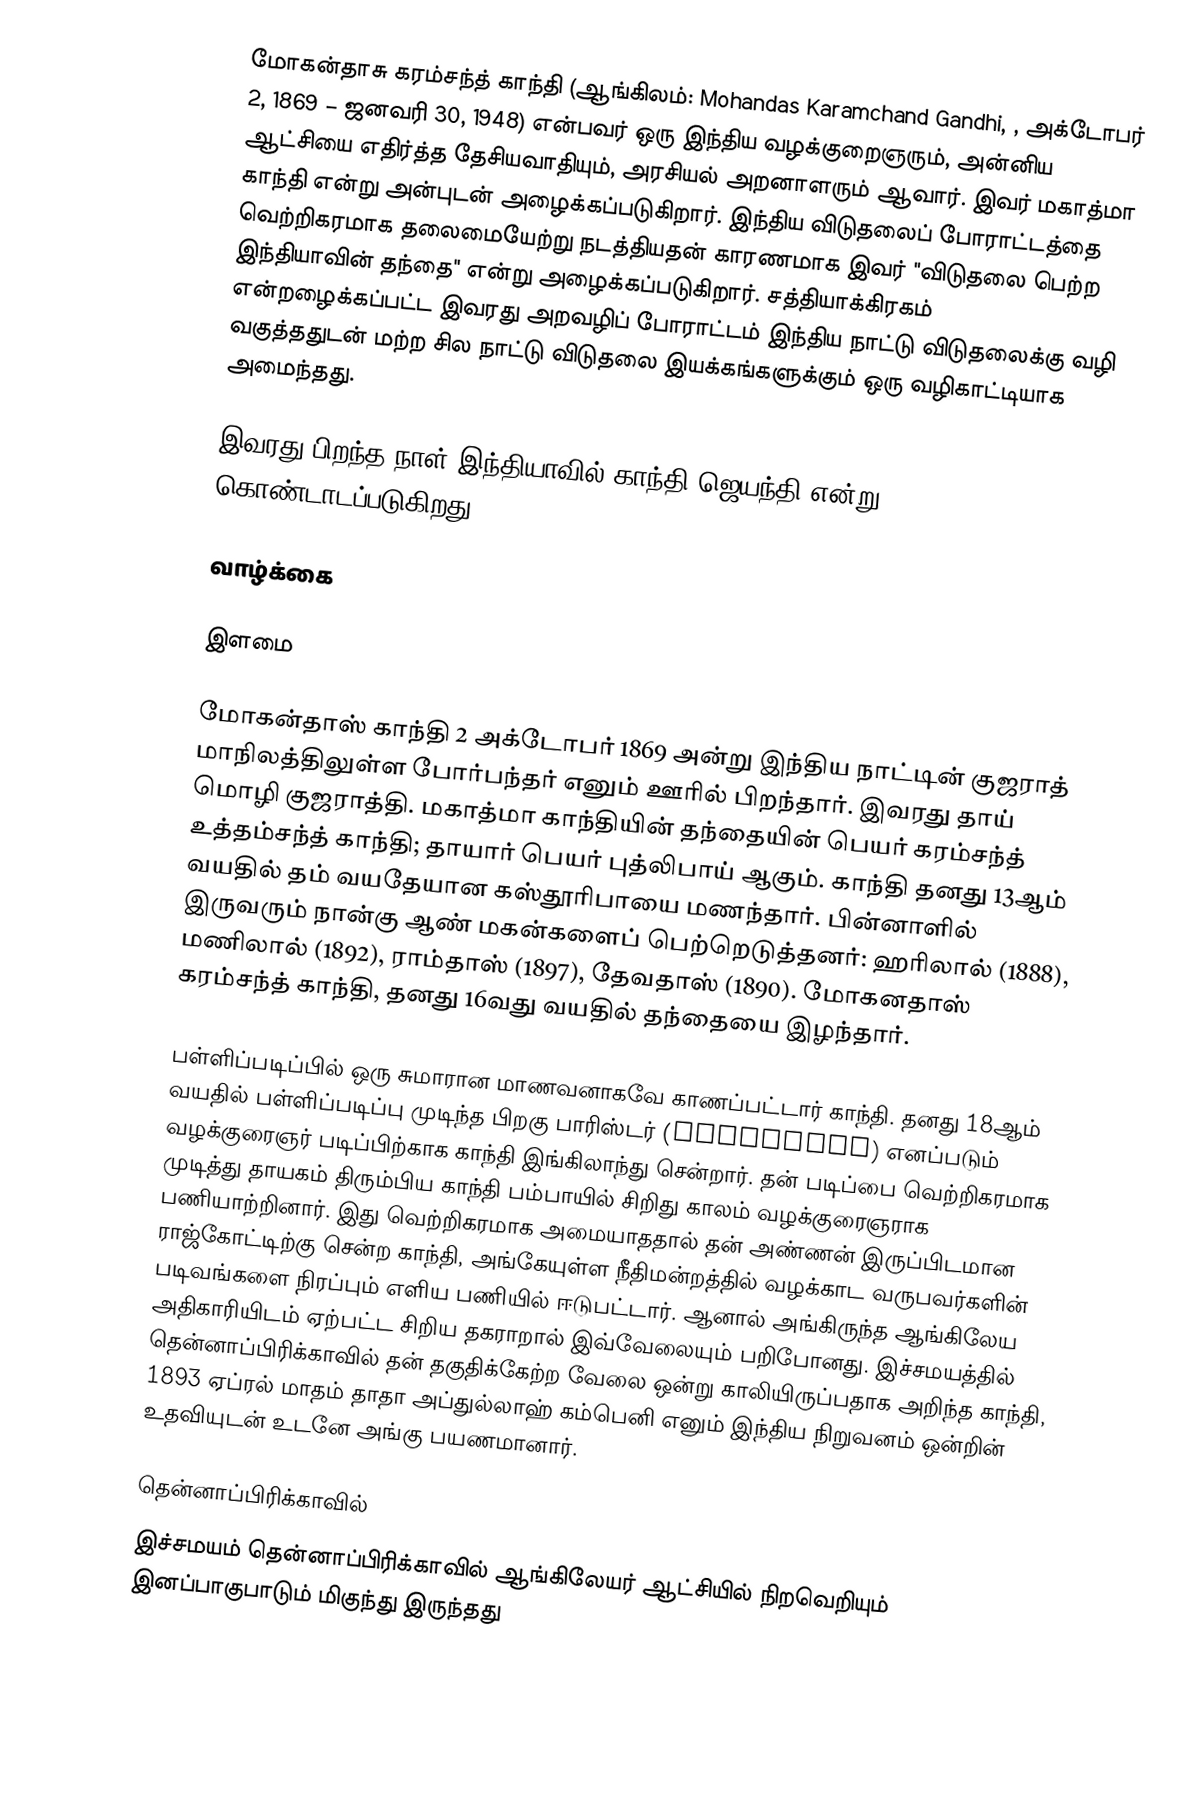
மோகன்தாசு கரம்சந்த் காந்தி (ஆங்கிலம்: Mohandas Karamchand Gandhi, , அக்டோபர் 2, 1869 – ஜனவரி 30, 1948) என்பவர் ஒரு இந்திய வழக்குறைஞரும், அன்னிய ஆட்சியை எதிர்த்த தேசியவாதியும், அரசியல் அறனாளரும் ஆவார். இவர் மகாத்மா காந்தி என்று அன்புடன் அழைக்கப்படுகிறார். இந்திய விடுதலைப் போராட்டத்தை வெற்றிகரமாக தலைமையேற்று நடத்தியதன் காரணமாக இவர் "விடுதலை பெற்ற இந்தியாவின் தந்தை"  என்று அழைக்கப்படுகிறார். சத்தியாக்கிரகம் என்றழைக்கப்பட்ட இவரது அறவழிப் போராட்டம் இந்திய நாட்டு விடுதலைக்கு வழி வகுத்ததுடன் மற்ற சில நாட்டு விடுதலை இயக்கங்களுக்கும் ஒரு வழிகாட்டியாக அமைந்தது.

இவரது பிறந்த நாள் இந்தியாவில் காந்தி ஜெயந்தி என்று கொண்டாடப்படுகிறது.

வாழ்க்கை

இளமை

மோகன்தாஸ் காந்தி 2 அக்டோபர் 1869 அன்று இந்திய நாட்டின் குஜராத் மாநிலத்திலுள்ள போர்பந்தர் எனும் ஊரில் பிறந்தார். இவரது தாய் மொழி குஜராத்தி. மகாத்மா காந்தியின் தந்தையின் பெயர் கரம்சந்த் உத்தம்சந்த் காந்தி; தாயார் பெயர் புத்லிபாய் ஆகும். காந்தி தனது 13ஆம் வயதில் தம் வயதேயான கஸ்தூரிபாயை மணந்தார்.  பின்னாளில் இருவரும் நான்கு ஆண் மகன்களைப் பெற்றெடுத்தனர்: ஹரிலால் (1888), மணிலால் (1892), ராம்தாஸ் (1897), தேவதாஸ் (1890). மோகனதாஸ் கரம்சந்த் காந்தி, தனது 16வது வயதில் தந்தையை இழந்தார்.

பள்ளிப்படிப்பில் ஒரு சுமாரான மாணவனாகவே காணப்பட்டார் காந்தி. தனது 18ஆம் வயதில் பள்ளிப்படிப்பு முடிந்த பிறகு பாரிஸ்டர் (barrister) எனப்படும் வழக்குரைஞர் படிப்பிற்காக காந்தி இங்கிலாந்து சென்றார். தன் படிப்பை வெற்றிகரமாக முடித்து தாயகம் திரும்பிய காந்தி பம்பாயில் சிறிது காலம் வழக்குரைஞராக பணியாற்றினார். இது வெற்றிகரமாக அமையாததால் தன் அண்ணன் இருப்பிடமான ராஜ்கோட்டிற்கு சென்ற காந்தி, அங்கேயுள்ள நீதிமன்றத்தில் வழக்காட வருபவர்களின் படிவங்களை நிரப்பும் எளிய பணியில் ஈடுபட்டார். ஆனால் அங்கிருந்த ஆங்கிலேய அதிகாரியிடம்  ஏற்பட்ட சிறிய தகராறால் இவ்வேலையும் பறிபோனது. இச்சமயத்தில் தென்னாப்பிரிக்காவில் தன் தகுதிக்கேற்ற வேலை ஒன்று காலியிருப்பதாக அறிந்த காந்தி, 1893 ஏப்ரல் மாதம் தாதா அப்துல்லாஹ் கம்பெனி எனும் இந்திய நிறுவனம் ஒன்றின் உதவியுடன் உடனே அங்கு பயணமானார்.

தென்னாப்பிரிக்காவில்
இச்சமயம் தென்னாப்பிரிக்காவில் ஆங்கிலேயர் ஆட்சியில் நிறவெறியும் இனப்பாகுபாடும் மிகுந்து இருந்தது